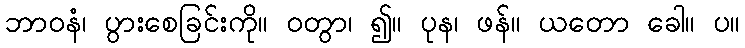
ဘာဝနံ၊ ပွားစေခြင်းကို။ ဝတွာ၊ ၍။ ပုန၊ ဖန်။ ယတော ခေါ။ ပ။